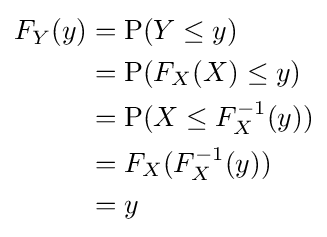
{\begin{aligned}F_{Y}(y)&=\operatorname {P} (Y\leq y)\\&=\operatorname {P} (F_{X}(X)\leq y)\\&=\operatorname {P} (X\leq F_{X}^{-1}(y))\\&=F_{X}(F_{X}^{-1}(y))\\&=y\end{aligned}}